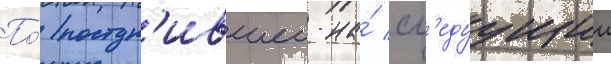
По́ поступ'ившеи на́ сл'едуущии